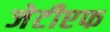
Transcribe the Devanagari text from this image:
जेटीएफ